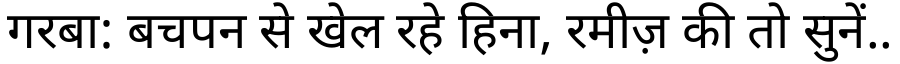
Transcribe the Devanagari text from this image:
गरबा: बचपन से खेल रहे हिना, रमीज़ की तो सुनें..